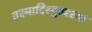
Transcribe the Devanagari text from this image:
तस्माद्दिश्युत्तरस्यां